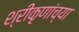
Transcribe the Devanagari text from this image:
श्रीकृणांच्या